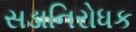
સડાનિરોધક